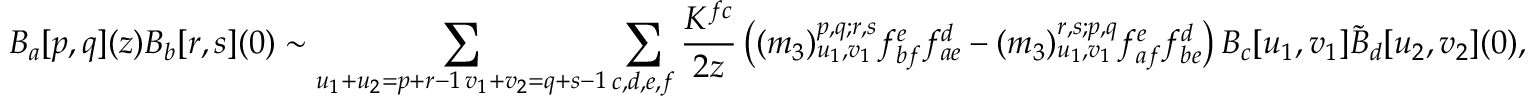
B _ { a } [ p , q ] ( z ) B _ { b } [ r , s ] ( 0 ) \sim \sum _ { \substack { u _ { 1 } + u _ { 2 } = p + r - 1 \, v _ { 1 } + v _ { 2 } = q + s - 1 } } \sum _ { c , d , e , f } \frac { K ^ { f c } } { 2 z } \left( ( m _ { 3 } ) _ { u _ { 1 } , v _ { 1 } } ^ { p , q ; r , s } f _ { b f } ^ { e } f _ { a e } ^ { d } - ( m _ { 3 } ) _ { u _ { 1 } , v _ { 1 } } ^ { r , s ; p , q } f _ { a f } ^ { e } f _ { b e } ^ { d } \right) B _ { c } [ u _ { 1 } , v _ { 1 } ] \tilde { B } _ { d } [ u _ { 2 } , v _ { 2 } ] ( 0 ) ,